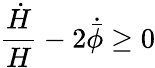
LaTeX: \frac{\dot{H}}{H}-2\dot{\bar{\phi}}\geq 0